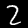
Label: 2